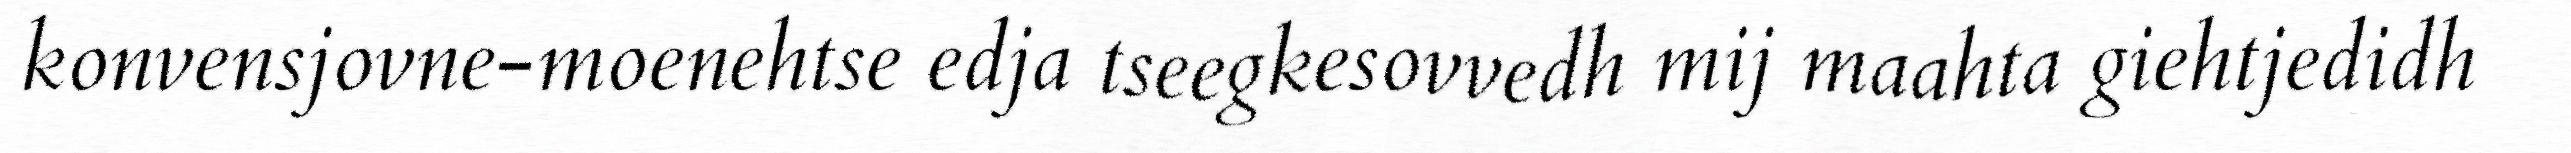
konvensjovne-moenehtse edja tseegkesovvedh mij maahta giehtjedidh